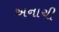
અનાચી